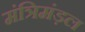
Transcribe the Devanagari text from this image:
मंत्रिमंड़ल